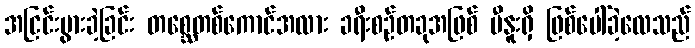
အငြင်းပွားခဲ့ခြင်း တစ္ဆေတစ်ကောင်အလား ခရီးစဉ်တခုအဖြစ် မီနူးရှိ ဖြစ်ပေါ်ခဲ့လေသည်